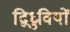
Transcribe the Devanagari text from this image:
द्विध्रुवियों